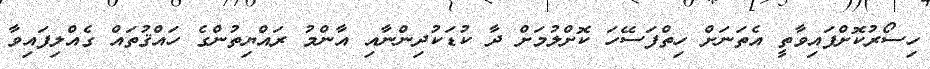
ހިސޯރުކޮށްފައިވާތީ އެތަނަށް ހިތްފަސޭހަ ކޮށްލުމަށް ދާ ކުޑަކުދިންނާއި އާންމު ރައްޔިތުންގެ ހައްޤުތައް ގެއްލިފައިވާ